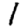
Digit: 1